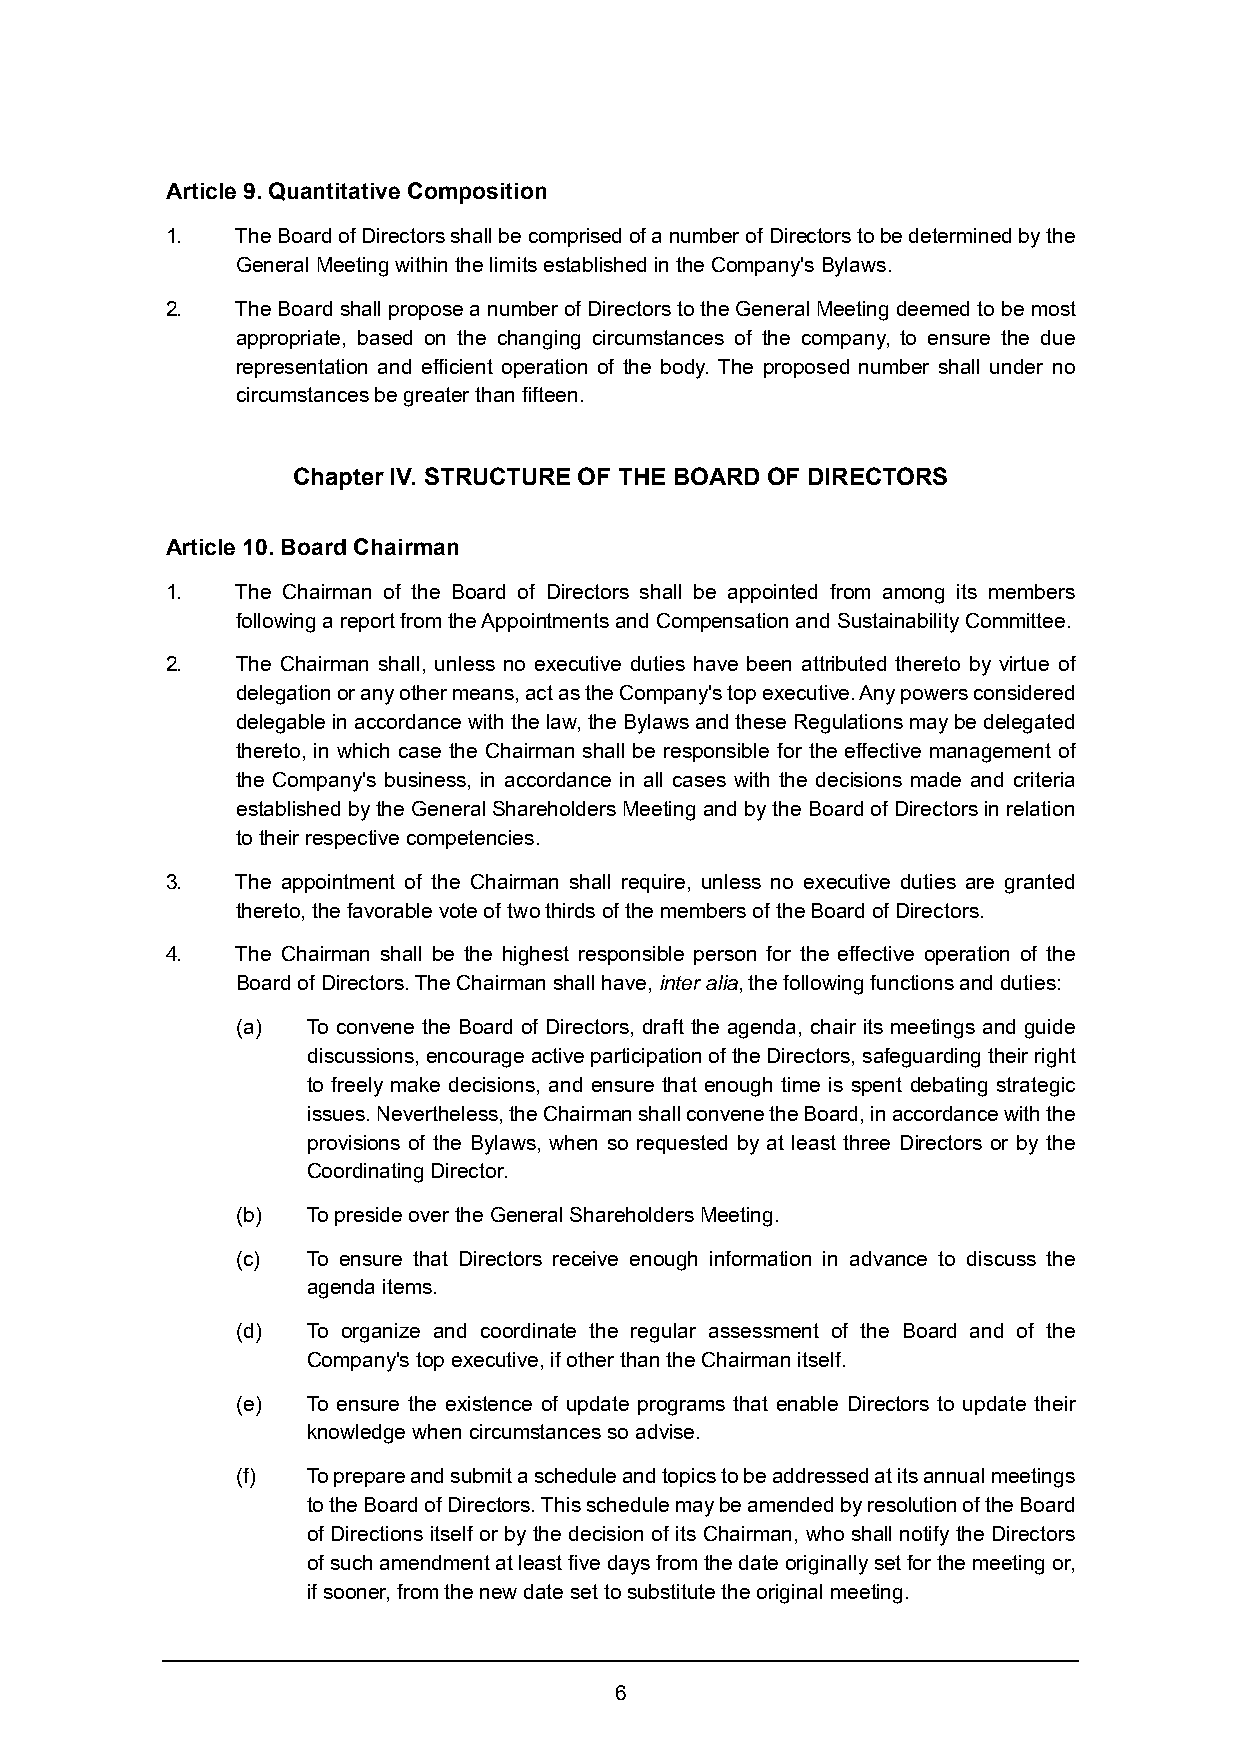
Article 9. Quantitative Composition
 1.   The Board of Directors shall be comprised of a number of Directors to be determined by the
 General Meeting within the limits established in the Company's Bylaws.
 2.   The Board shall propose a number of Directors to the General Meeting deemed to be most
 appropriate, based on the changing circumstances of the company, to ensure the due
 representation and efficient operation of the body. The proposed number shall under no
 circumstances be greater than fifteen.
 Chapter IV. STRUCTURE OF THE BOARD OF DIRECTORS
 Article 10. Board Chairman
 1.   The Chairman of the Board of Directors shall be appointed from among its members
 following a report from the Appointments and Compensation and Sustainability Committee.
 2.   The Chairman shall, unless no executive duties have been attributed thereto by virtue of
 delegation or any other means, act as the Company's top executive. Any powers considered
 delegable in accordance with the law, the Bylaws and these Regulations may be delegated
 thereto, in which case the Chairman shall be responsible for the effective management of
 the Company's business, in accordance in all cases with the decisions made and criteria
 established by the General Shareholders Meeting and by the Board of Directors in relation
 to their respective competencies.
 3.   The appointment of the Chairman shall require, unless no executive duties are granted
 thereto, the favorable vote of two thirds of the members of the Board of Directors.
 4.   The Chairman shall be the highest responsible person for the effective operation of the
 Board of Directors. The Chairman shall have, inter alia, the following functions and duties:
 (a) To convene the Board of Directors, draft the agenda, chair its meetings and guide
 discussions, encourage active participation of the Directors, safeguarding their right
 to freely make decisions, and ensure that enough time is spent debating strategic
 issues. Nevertheless, the Chairman shall convene the Board, in accordance with the
 provisions of the Bylaws, when so requested by at least three Directors or by the
 Coordinating Director.
 (b) To preside over the General Shareholders Meeting.
 (c) To ensure that Directors receive enough information in advance to discuss the
 agenda items.
 (d) To organize and coordinate the regular assessment of the Board and of the
 Company's top executive, if other than the Chairman itself.
 (e) To ensure the existence of update programs that enable Directors to update their
 knowledge when circumstances so advise.
 (f) To prepare and submit a schedule and topics to be addressed at its annual meetings
 to the Board of Directors. This schedule may be amended by resolution of the Board
 of Directions itself or by the decision of its Chairman, who shall notify the Directors
 of such amendment at least five days from the date originally set for the meeting or,
 if sooner, from the new date set to substitute the original meeting.
 6